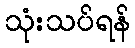
သုံးသပ်ရန်